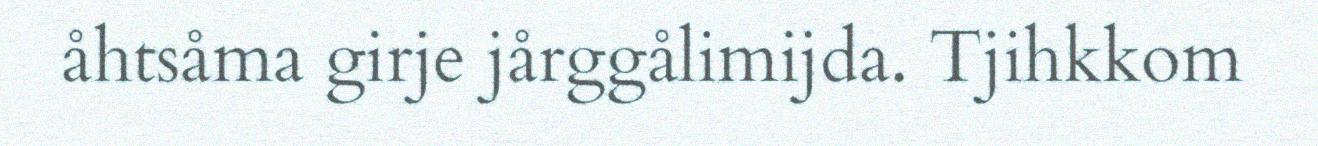
åhtsåma girje jårggålimijda. Tjihkkom